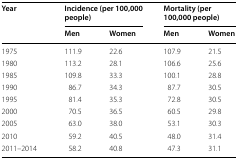
| <ROWSPAN=2> Year | <COLSPAN=2> Incidence (per 100,000 people) | <COLSPAN=2> Mortality (per 100,000 people) |
 | Men | Women | Men | Women |
 | --- | --- | --- | --- | --- |
 | 1975 | 111.9 | 22.6 | 107.9 | 21.5 |
 | 1980 | 113.2 | 28.1 | 106.6 | 25.6 |
 | 1985 | 109.8 | 33.3 | 100.1 | 28.8 |
 | 1990 | 86.7 | 34.3 | 87.7 | 30.5 |
 | 1995 | 81.4 | 35.3 | 72.8 | 30.5 |
 | 2000 | 70.5 | 36.5 | 60.5 | 29.8 |
 | 2005 | 63.0 | 38.0 | 53.1 | 30.3 |
 | 2010 | 59.2 | 40.5 | 48.0 | 31.4 |
 | 2011–2014 | 58.2 | 40.8 | 47.3 | 31.1 |